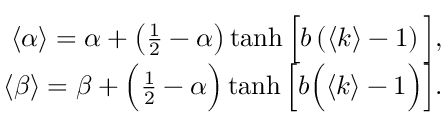
\begin{array} { r } { \langle \alpha \rangle = \alpha + \left( \frac { 1 } { 2 } - \alpha \right) \operatorname { t a n h } \Big [ b \left( \langle k \rangle - 1 \right) \Big ] , } \\ { \langle \beta \rangle = \beta + \Big ( \frac { 1 } { 2 } - \alpha \Big ) \operatorname { t a n h } \Big [ b \Big ( \langle k \rangle - 1 \Big ) \Big ] . } \end{array}